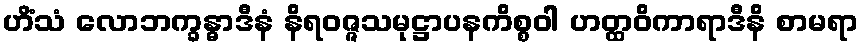
ဟိံသံ လောဘက္ခန္ဓာဒီနံ နိရဝဇ္ဇသမုဋ္ဌာပနကိစ္စဝါ ဟတ္ထဝိကာရာဒီနိ စာမရာ